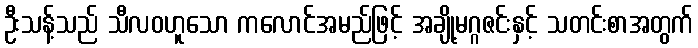
ဦးသန့်သည် သီလဝဟူသော ကလောင်အမည်ဖြင့် အချို့မဂ္ဂဇင်းနှင့် သတင်းစာအတွက်